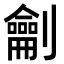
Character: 𭄜